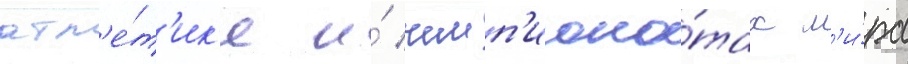
атл'е́т'ик'е и́ чемп'иона́тах м'и́ра